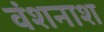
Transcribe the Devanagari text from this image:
वंशनाश